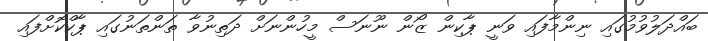
ބައްދަލުވުމުގައި ނިންމާފައި ވަނީ ޕާކިން ޒޯން ނޫނަސް މީހުންނަށް ދަތިނުވާ ތަންތަނުގައި ޕާކްކޮށްފައި